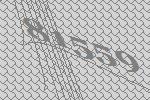
81559